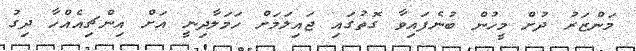
މަންޒަރު ދުށް މީހުން ބުނެފައިވާ ގޮތުގައި ޖައިލަމަށް ހަމަލާދިނީ އަށް އިންޗިއެއްހާ ދިގު